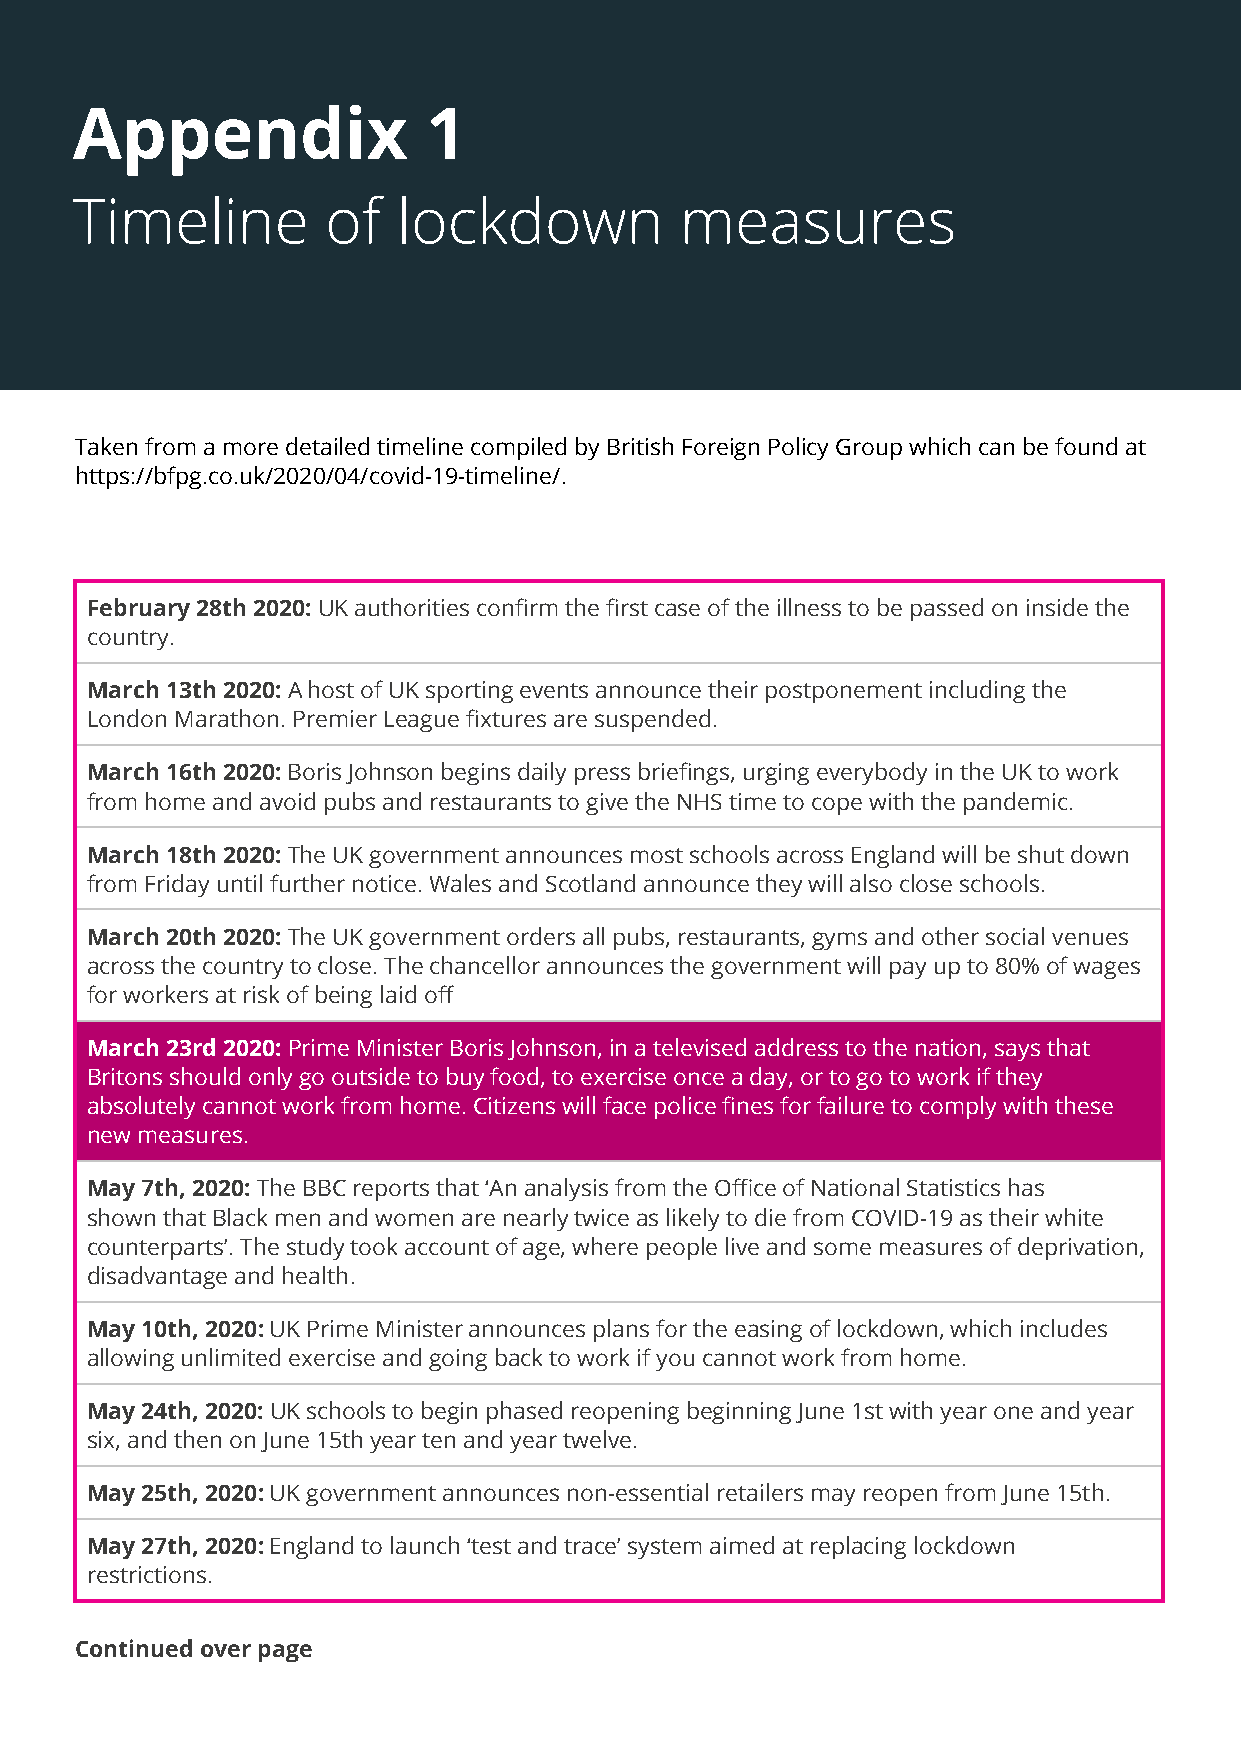
A Perfect Storm: The Impact of the Covid-19 Pandemic on Domestic Abuse 39
 Survivors and the Services Supporting Them
 Appendix               1
 Timeline         of  lockdown           measures
 Taken from a more detailed timeline compiled by British Foreign Policy Group which can be found at
 https://bfpg.co.uk/2020/04/covid-19-timeline/.
 February 28th 2020: UK authorities confirm the first case of the illness to be passed on inside the
 country.
 March 13th 2020: A host of UK sporting events announce their postponement including the
 London Marathon. Premier League fixtures are suspended.
 March 16th 2020: Boris Johnson begins daily press briefings, urging everybody in the UK to work
 from home and avoid pubs and restaurants to give the NHS time to cope with the pandemic.
 March 18th 2020: The UK government announces most schools across England will be shut down
 from Friday until further notice. Wales and Scotland announce they will also close schools.
 March 20th 2020: The UK government orders all pubs, restaurants, gyms and other social venues
 across the country to close. The chancellor announces the government will pay up to 80% of wages
 for workers at risk of being laid off
 March 23rd 2020: Prime Minister Boris Johnson, in a televised address to the nation, says that
 Britons should only go outside to buy food, to exercise once a day, or to go to work if they
 absolutely cannot work from home. Citizens will face police fines for failure to comply with these
 new measures.
 May 7th, 2020: The BBC reports that ‘An analysis from the Office of National Statistics has
 shown that Black men and women are nearly twice as likely to die from COVID-19 as their white
 counterparts’. The study took account of age, where people live and some measures of deprivation,
 disadvantage and health.
 May 10th, 2020: UK Prime Minister announces plans for the easing of lockdown, which includes
 allowing unlimited exercise and going back to work if you cannot work from home.
 May 24th, 2020: UK schools to begin phased reopening beginning June 1st with year one and year
 six, and then on June 15th year ten and year twelve.
 May 25th, 2020: UK government announces non-essential retailers may reopen from June 15th.
 May 27th, 2020: England to launch ‘test and trace’ system aimed at replacing lockdown
 restrictions.
 Continued over page